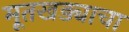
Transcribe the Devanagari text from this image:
मूतखड्याचा